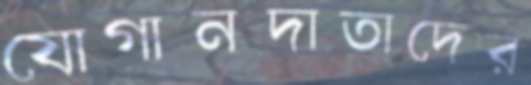
যোগানদাতাদের